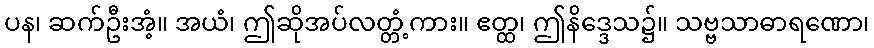
ပန၊ ဆက်ဦးအံ့။ အယံ၊ ဤဆိုအပ်လတ္တံ့ကား။ ဧတ္ထ၊ ဤနိဒ္ဒေသ၌။ သဗ္ဗသာဓာရဏော၊